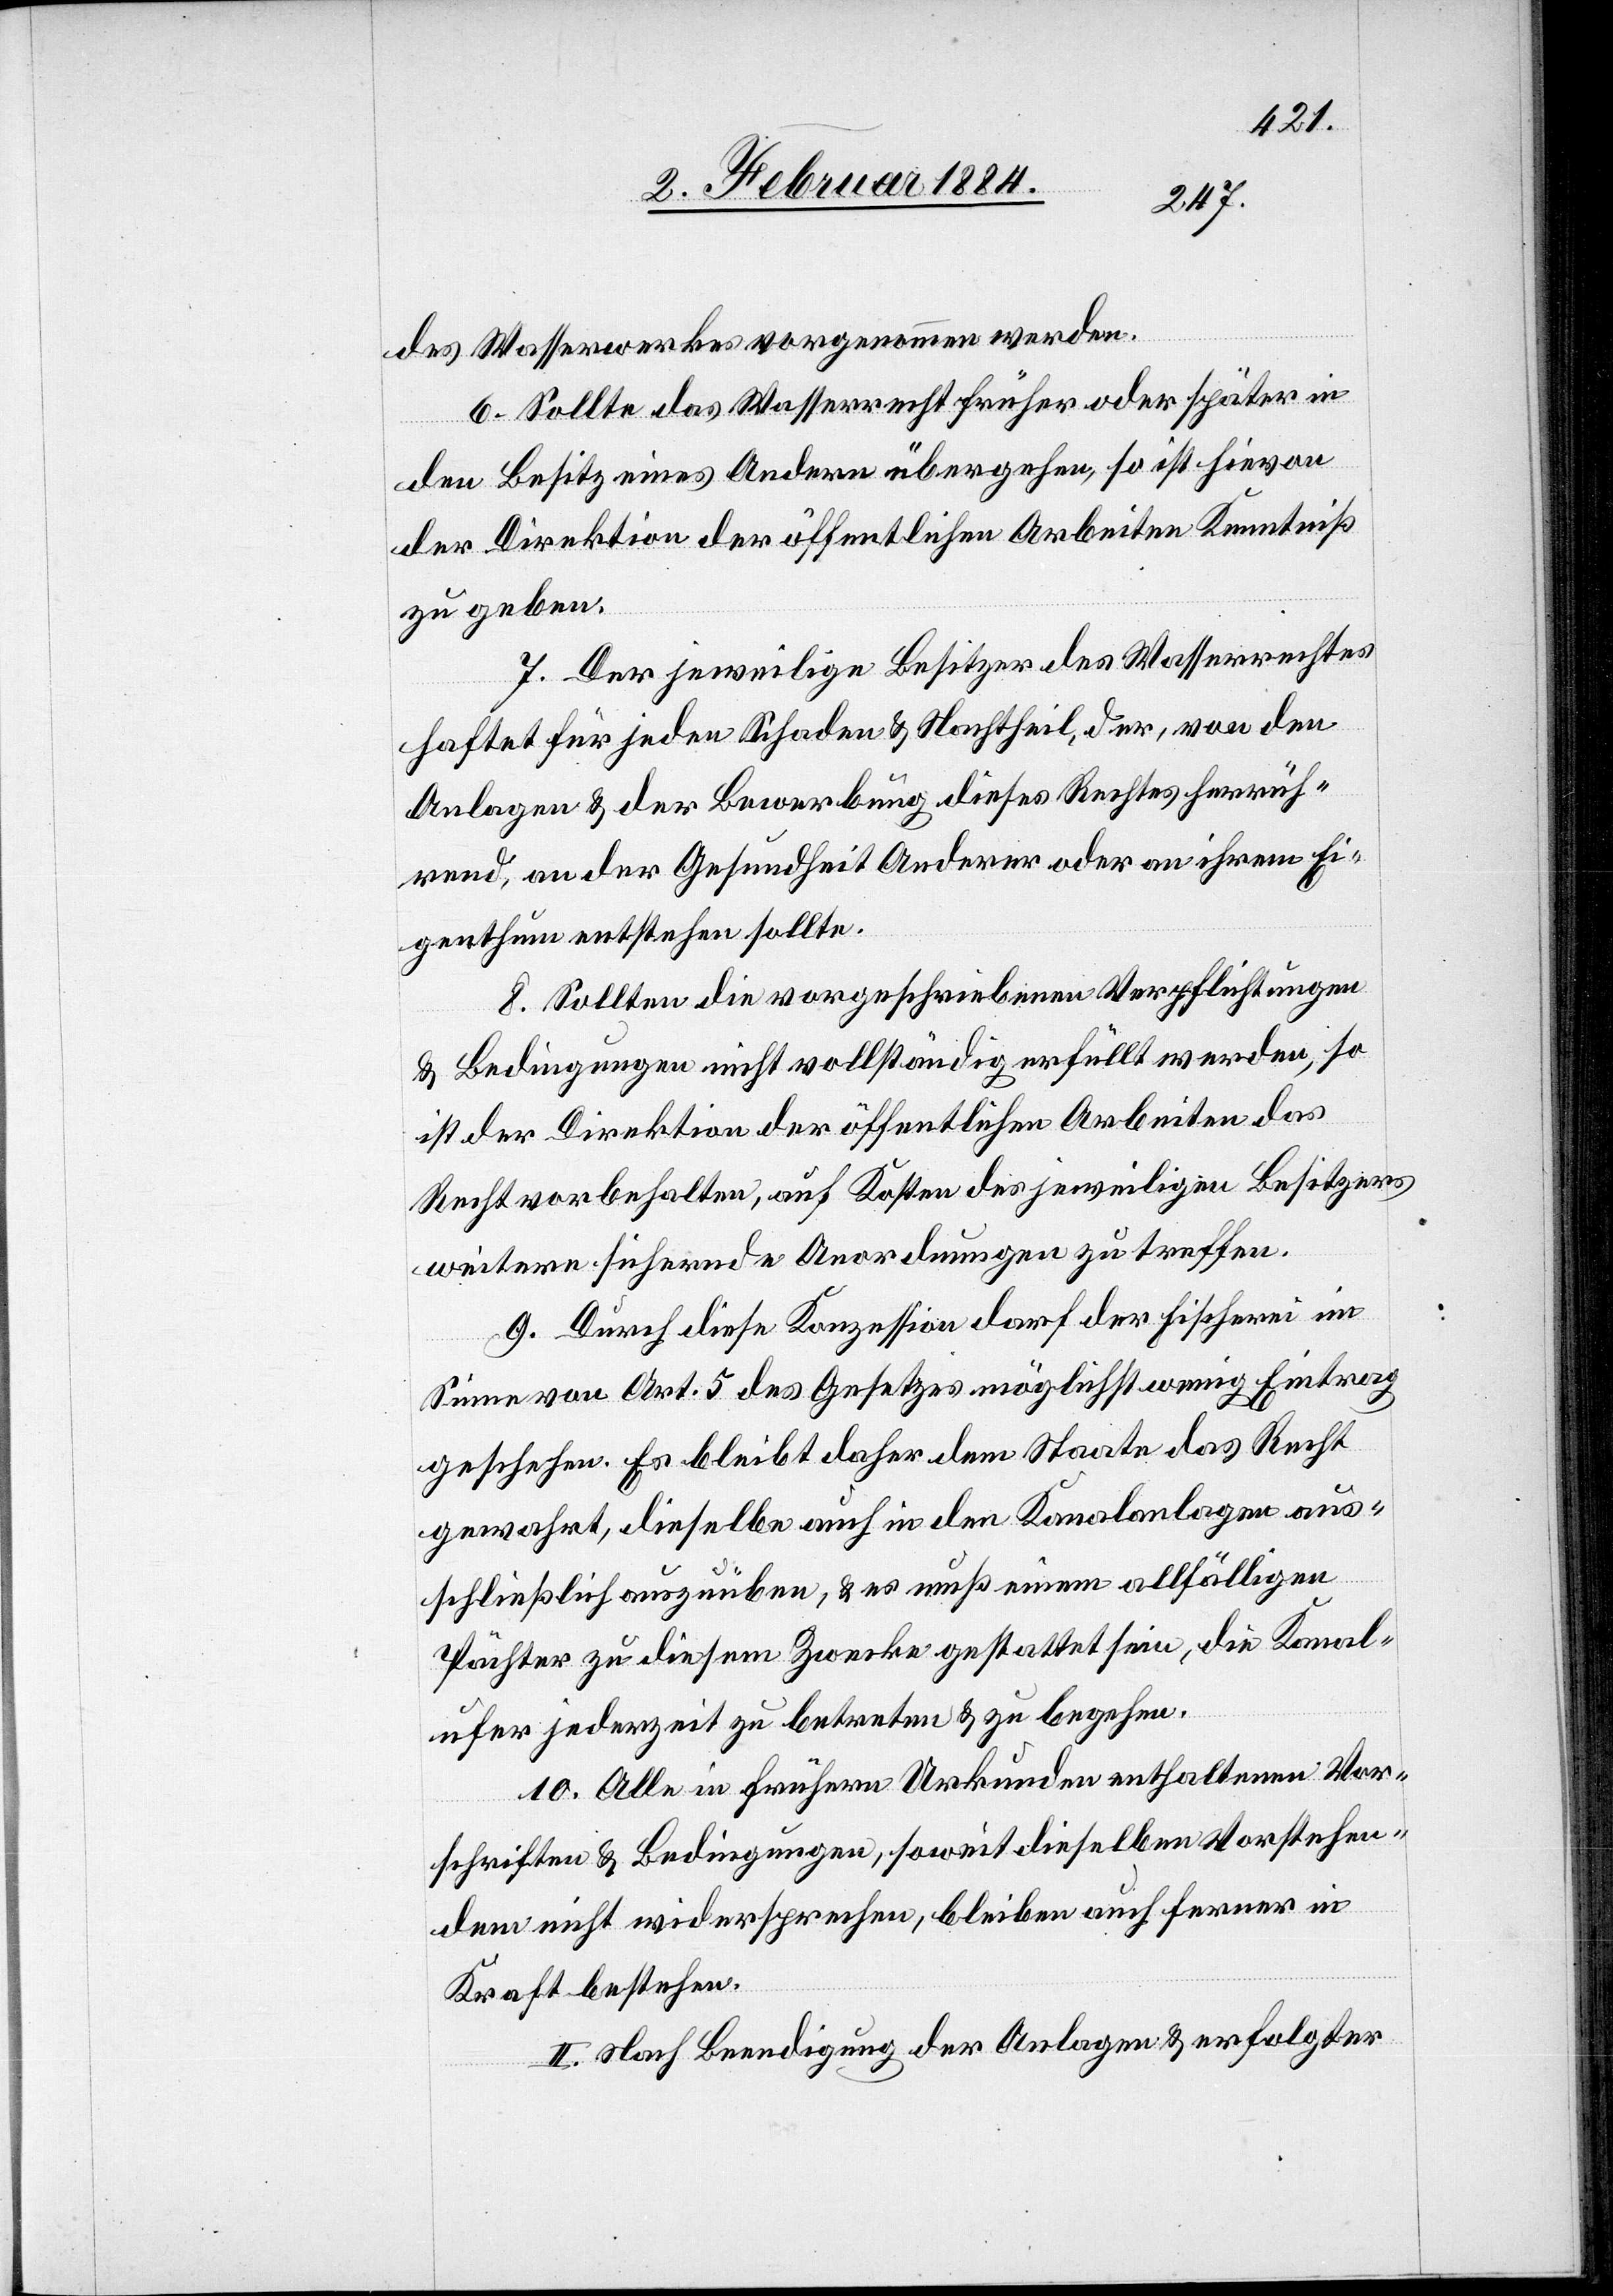
des Wasserwerkes vorgenommen werden.
6. Sollte das Wasserrecht früher oder später in
den Besitz eines Andern übergehen, so ist hievon
der Direktion der öffentlichen Arbeiten Kenntniß
zu geben.
7. Der jeweilige Besitzer des Wasserrechts
haftet für jeden Schaden & Nachtheil, der, von den
Anlagen & der Bewerbung dieses Rechtes herrüh¬
rend, an der Gesundheit Anderer oder an ihrem Ei¬
genthum entstehen sollte.
8. Sollten die vorgeschriebenen Verpflichtungen
& Bedingungen nicht vollständig erfüllt werden, so
ist der Direktion der öffentlichen Arbeiten das
Recht vorbehalten, auf Kosten des jeweiligen Besitzers
weitere sichernde Anordnungen zu treffen.
9. Durch diese Konzession darf der Fischerei im
Sinne von Art. 5 des Gesetzes möglichst wenig Eintrag
geschehen. Es bleibt daher dem Staate das Recht
gewährt, dieselbe auch in den Kanalanlagen aus¬
schließlich auszuüben, & es muß einem allfälligen
Pächter zu diesem Zwecke gestattet sein, die Kanal¬
ufer jederzeit zu betreten & zu begehen.
10. Alle in frühern Urkunden enthaltenen Vor¬
schriften & Bedingungen, soweit dieselben Vorstehen¬
dem nicht widersprechen, bleiben auch ferner in
Kraft bestehen.
III. Nach Beendigung der Anlagen & erfolgter